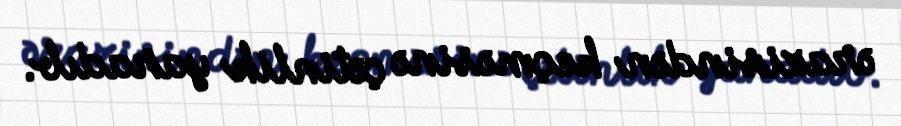
ərazisindən keçməsinə çətinlik yaradıb.